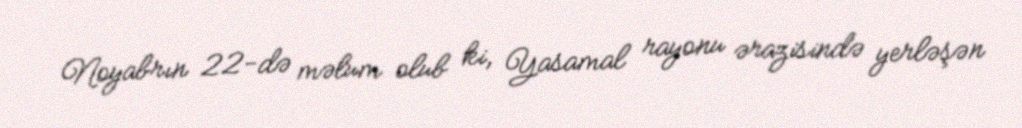
Noyabrın 22-də məlum olub ki, Yasamal rayonu ərazisində yerləşən